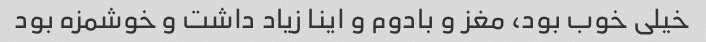
خیلی خوب بود، مغز و بادوم و اینا زیاد داشت و خوشمزه بود